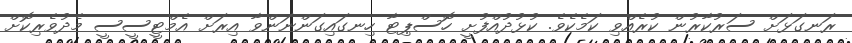
ރަނގަޅަށް ސަރުކާރުން ކުރެއްވި ކަމެކެވެ. ކުޅުދުއްފުށީ ހޮސްޕިޓާ ހިނގައިގަންނަންވާ އިރަށް އެމްޓީސީސީ މެދުވެރިކޮށް